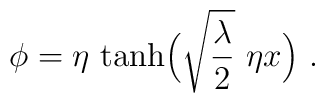
\phi = \eta\ {\tanh} \Bigl( \sqrt{\lambda\over 2}\ \eta x  \Bigr) \ .